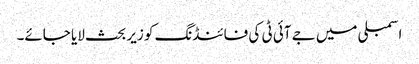
اسمبلی میں جے آئی ٹی کی فائنڈنگ کو زیر بحث لایا جائے۔